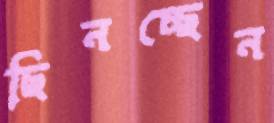
ছিনচ্ছেন